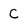
Character: C